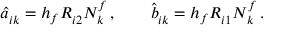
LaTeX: \hat { a } _ { i k } ^ { \sf } = h _ { f } R _ { i 2 } ^ { \sf } N _ { k } ^ { f } \, , \qquad \hat { b } _ { i k } ^ { \sf } = h _ { f } R _ { i 1 } ^ { \sf } N _ { k } ^ { f } \, .